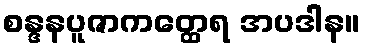
စန္ဒနပူဇာကတ္ထေရ အပဒါန။